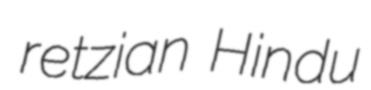
retzian Hindu